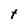
Character: t